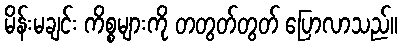
မိန်းမချင်း ကိစ္စများကို တတွတ်တွတ် ပြောလာသည်။